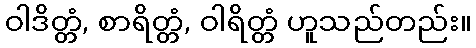
ဝါဒိတ္တံ, စာရိတ္တံ, ဝါရိတ္တံ ဟူသည်တည်း။